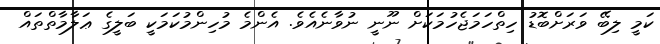
ކަމީ ލިބޭ ވަރަށްބޮޑު ހިތްހަމަޖެހުމަކަށް ނޫނީ ނުވާނެއެވެ. އެންމެ މުހިންމުކަމަކީ ބަލީގެ ޢަލާމާތްތައް